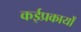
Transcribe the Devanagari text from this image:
कईप्रकार्यों